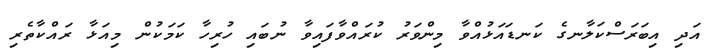
އަދި އިބަރަސްކަލާނގެ ކަނޑައަޅުއްވާ މިންވަރު ކުރައްވާފައިވާ ނުބައި ހުރިހާ ކަމަކުން މިއަޅާ ރައްކާތެރި